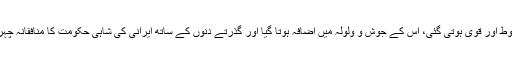
ایرانی عوام اور متحد اور منظم ہوگئی، مضبوط اور قوی ہوتی گئی، اس کے جوش و ولولہ میں اضافہ ہوتا گیا اور گذرتے دنوں کے ساتھ ایرانی کی شاہی حکومت کا منافقانہ چہرہ اور باطل پرستی کھل کر سامنے آتی گئی۔